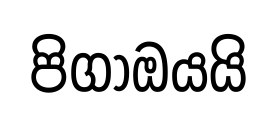
පිගාඔයයි